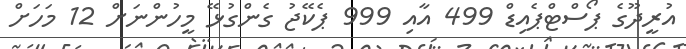
އުރީދޫގެ ޕޯސްޓްޕެއިޑް 499 އާއި 999 ޕެކޭޖު ގެންގުޅޭ މީހުންނަށް 12 މަހަށް